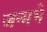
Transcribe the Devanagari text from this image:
जन्मभे